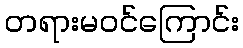
တရားမဝင်ကြောင်း